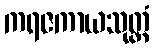
ကရဇကာယသုတ္တံ